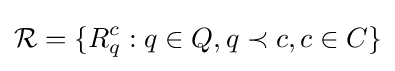
{\mathcal {R}}=\{R_{q}^{c}:q\in Q,q\prec c,c\in C\}